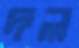
দল